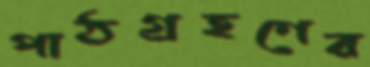
পাঠগ্রহণের